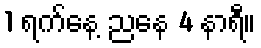
1 ရက်နေ့ ညနေ 4 နာရီ။